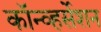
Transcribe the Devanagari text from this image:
कॉन्व्हर्सेशन